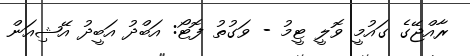
ރާއްޖޭގެ ގައުމީ ވޮލީ ޓީމު - ވަގުތު ފޮޓޯ: އަބްދު އަބީދު އޭޝިއަން